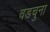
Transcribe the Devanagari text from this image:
वडचुना